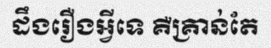
ដឹងរឿងអ្វីទេ គឺគ្រាន់តែ